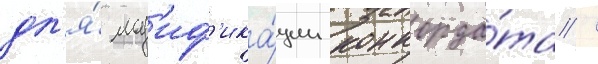
дл'я́ мод'иф'ика́ции конкорда́та /